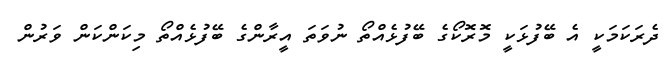
ދެރަކަމަކީ އެ ބޭފުޅަކީ މޮރޮކޯގެ ބޭފުޅެއްތޯ ނުވަތަ އީރާންގެ ބޭފުޅެއްތޯ މިކަންކަން ވަރުން